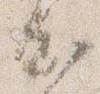
出